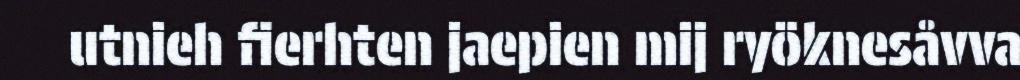
utnieh fierhten jaepien mij ryöknesåvva